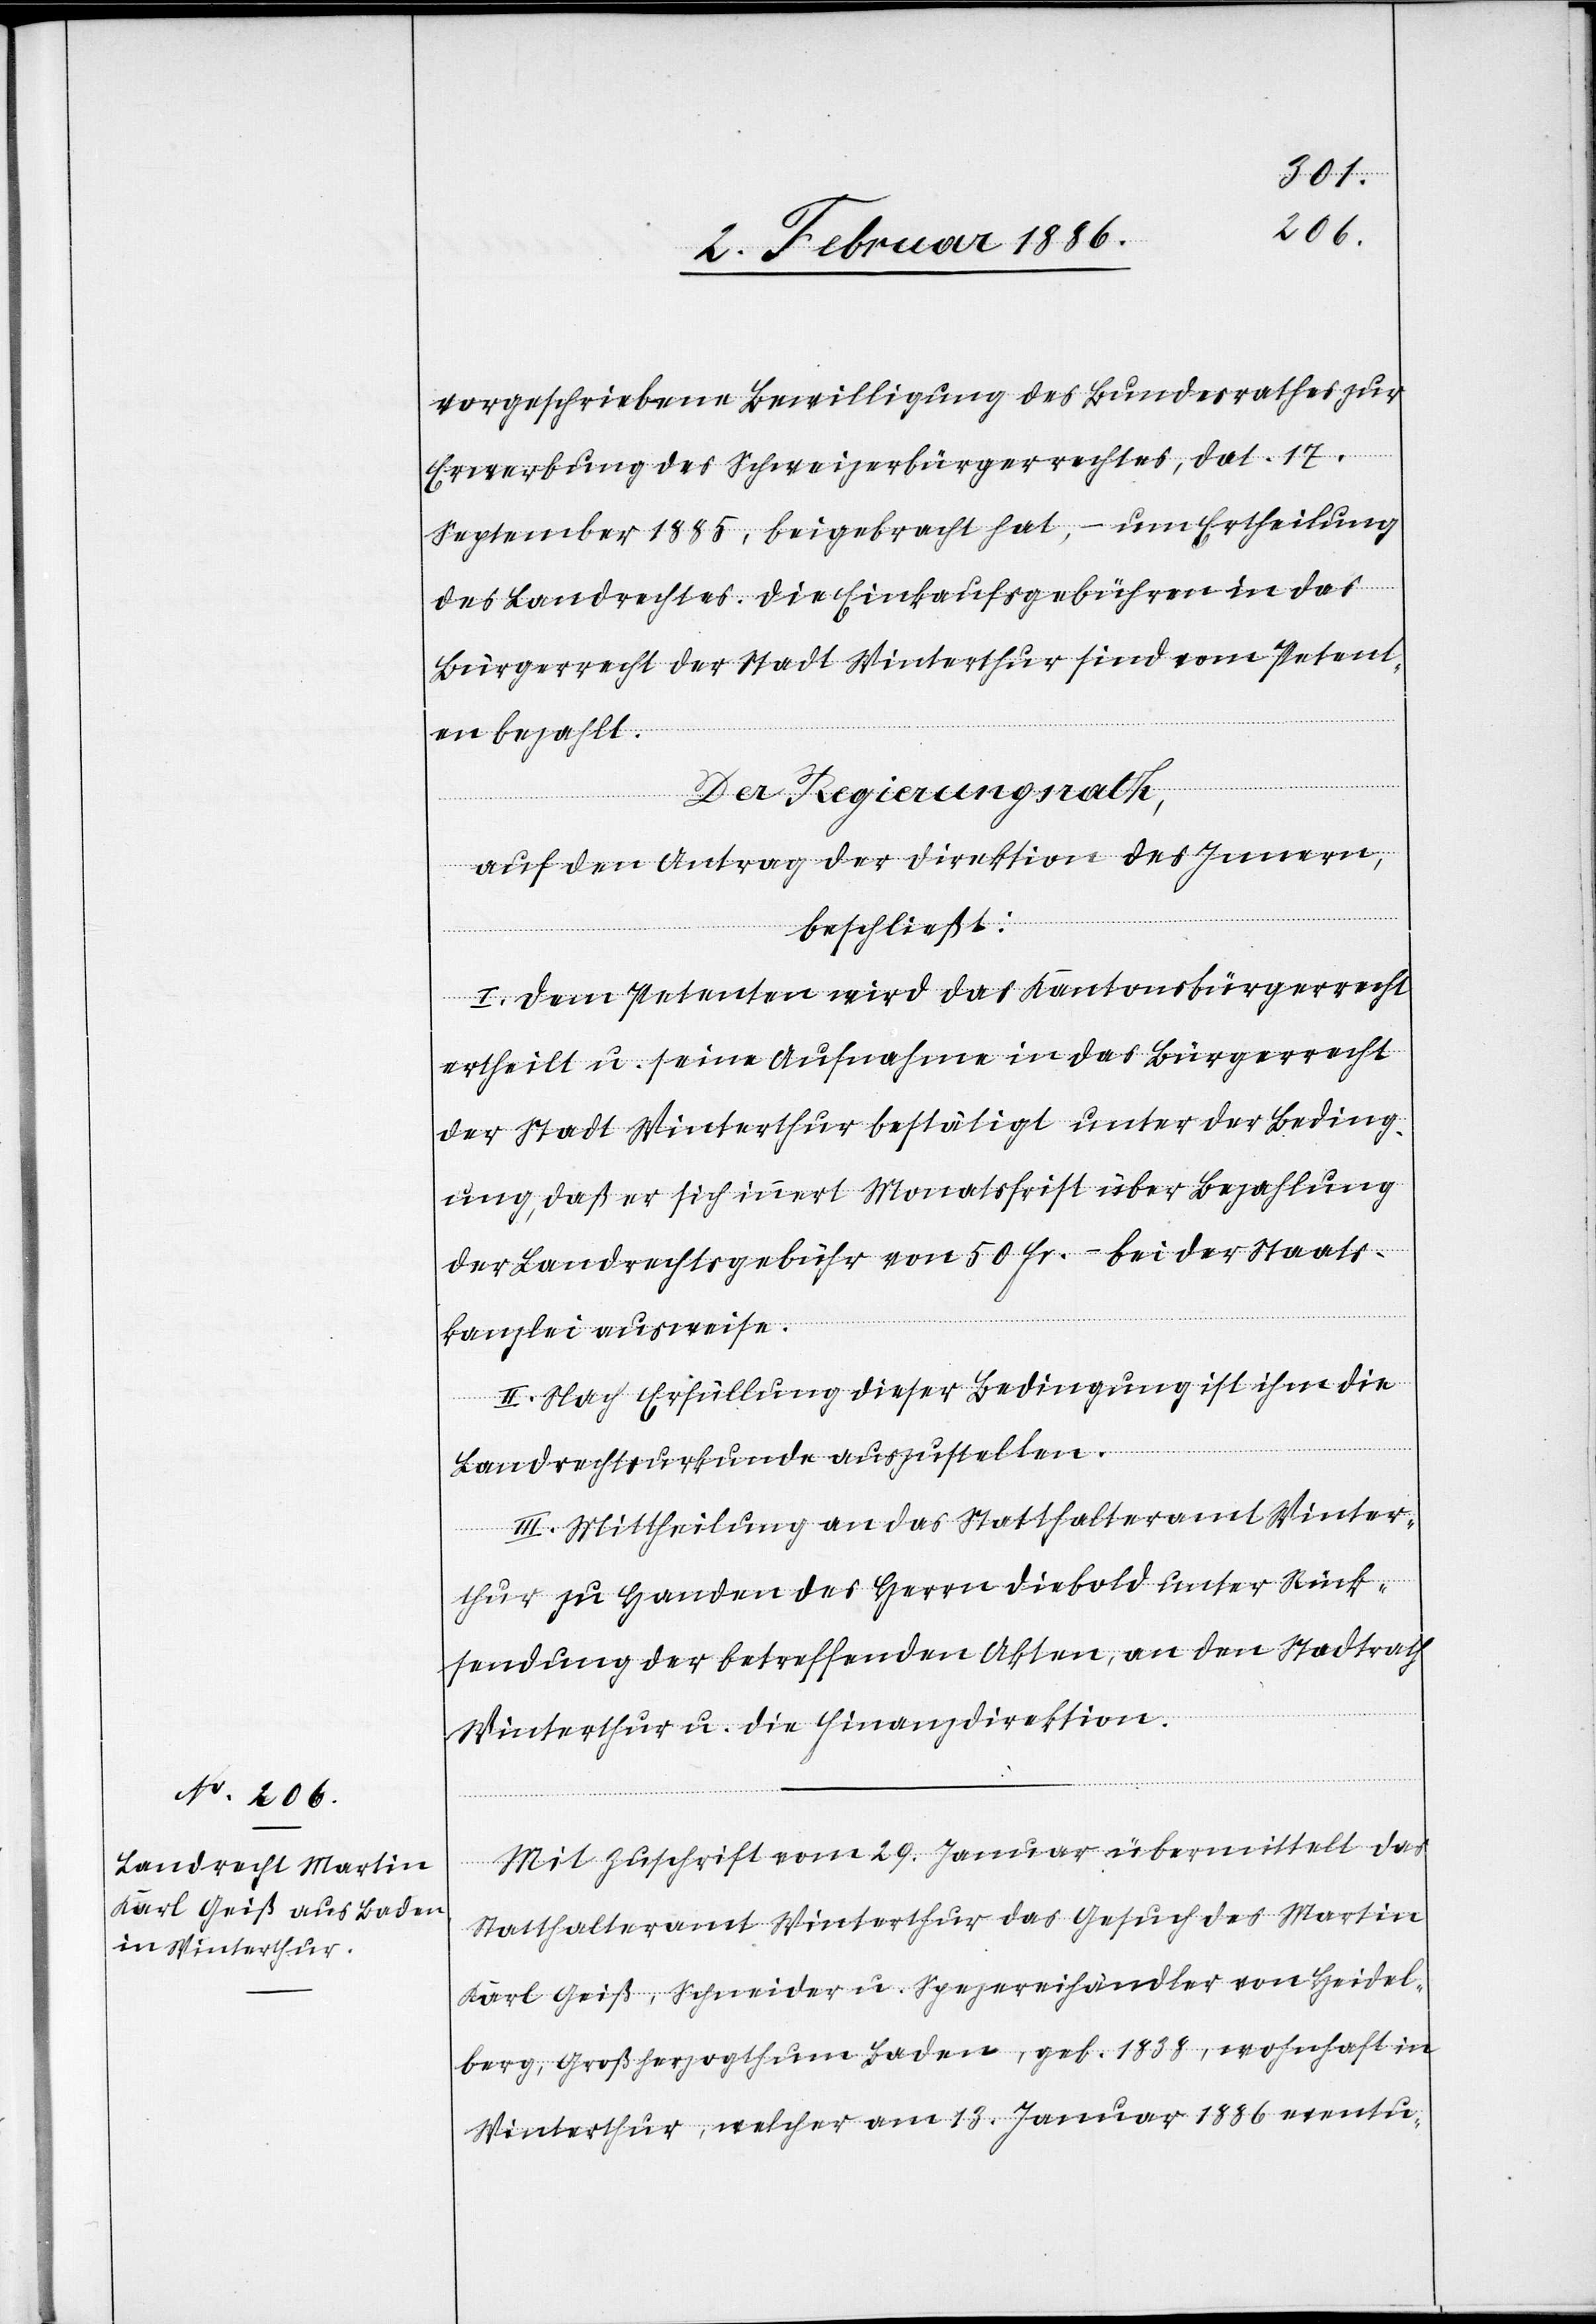
vorgeschriebene Bewilligung des Bundesrathes zur
Erwerbung des Schweizerbürgerrechtes, dat. 17.
September 1885, beigebracht hat, – um Ertheilung
des Landrechtes. Die Einkaufsgebühren in das
Bürgerrecht der Stadt Winterthur sind vom Petent¬
en bezahlt.
Der Regierungsrath,
auf den Antrag der Direktion des Innern,
beschließt:
I. Dem Petenten wird das Kantonsbürgerrecht
ertheilt u. seine Aufnahme in das Bürgerrecht
der Stadt Winterthur bestätigt unter der Beding¬
ung, daß er sich innert Monatsfrist über Bezahlung
der Landrechtsgebühr von 50 Fr.– bei der Staats¬
kanzlei ausweise.
II. Nach Erfüllung dieser Bedingung ist ihm die
Landrechtsurkunde auszustellen.
III. Mittheilung an das Statthalteramt Winter¬
thur zu Handen des Herrn Diebold unter Rück¬
sendung der betreffenden Akten, an den Stadtrath
Winterthur u. die Finanzdirektion.
Mit Zuschrift vom 29. Januar übermittelt das
Statthalteramt Winterthur das Gesuch des Martin
Karl Geiß, Schneider u. Spezereihändler von Heidel¬
berg, Großherzogthum Baden, geb. 1838, wohnhaft in
Winterthur, welcher am 13. Januar 1886 eventu-